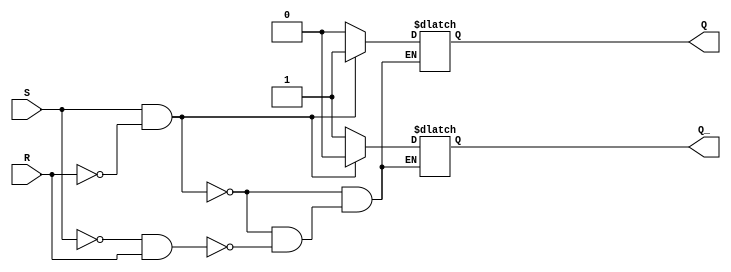
module sr_latch (
    input S,
    input R,
    output reg Q,
    output reg Q_
);

always @ (S, R)
begin
    if (S && !R) // SET state
    begin
        Q = 1;
        Q_ = 0;
    end
    else if (!S && R) // RESET state
    begin
        Q = 0;
        Q_ = 1;
    end
    else // Hold state
    begin
        Q = Q;
        Q_ = Q_;
    end
end

endmodule